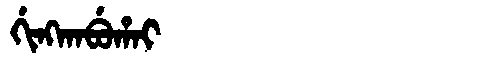
Manchu: ᡤᡳᠩᡴᠠᠪᡠᡥᠠᡳ
Romanization: GINGKABUHAI